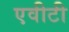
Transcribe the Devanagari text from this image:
एवीटी